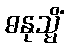
ဓနုသ္မိံ